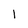
Character: 1